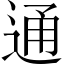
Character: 通